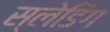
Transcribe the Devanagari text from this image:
स्लेडिंग